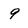
Character: 9